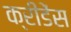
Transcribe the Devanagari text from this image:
क्रीडेंस